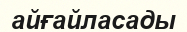
айғайласады